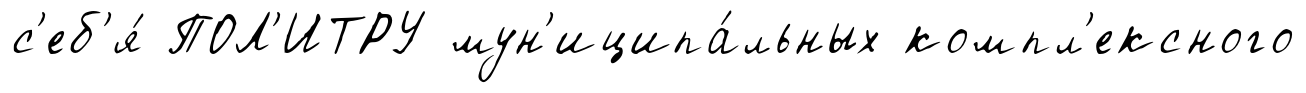
с'еб'я́ ПОЛ'ИТРУ мун'иципа́льных компл'ексного